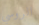
الروسي